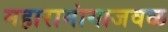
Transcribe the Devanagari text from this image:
महारामांगाजवळ